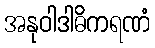
အနုဝါဒါဓိကရဏံ